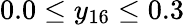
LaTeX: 0.0\leq y_{16}\leq 0.3